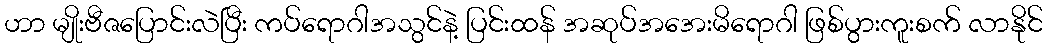
ဟာ မျိုးဗီဇပြောင်းလဲပြီး ကပ်ရောဂါအသွင်နဲ့ ပြင်းထန် အဆုပ်အအေးမိရောဂါ ဖြစ်ပွားကူးစက် လာနိုင်